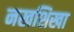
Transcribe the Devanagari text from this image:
नखशिखा